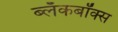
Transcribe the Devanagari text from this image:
ब्‍लॅकबॉक्स